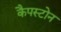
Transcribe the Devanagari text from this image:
कैपस्टोन